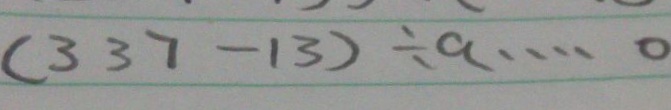
( 3 3 7 - 1 3 ) \div a \cdots 0